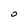
Character: 0